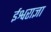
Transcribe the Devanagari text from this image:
ईश्वराज्ञा